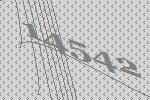
14542